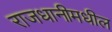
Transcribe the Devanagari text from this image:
राजधानीमधील